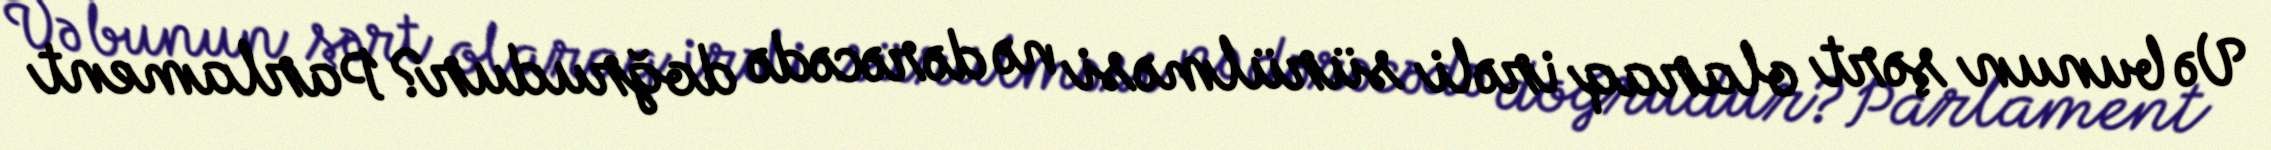
Və bunun şərt olaraq irəli sürülməsi nə dərəcədə doğrudur?Parlament